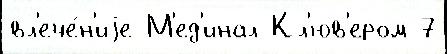
вл'ече́н'иjе М'ед'инал Кл'юв'ером 7